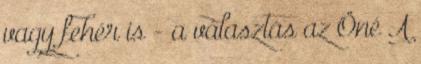
vagy fehér is - a választás az Öné A